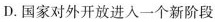
D.国家对外开放进入一个新阶段